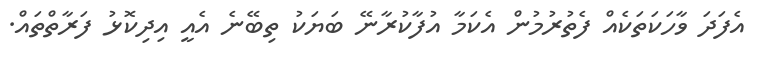
އެފަދަ ވާހަކަތަކެއް ފެތުރުމުން އެކަމާ އުފާކުރާނޭ ބަޔަކު ތިބޭނެ އެއީ އިދިކޮޅު ފަރާތްތައް.